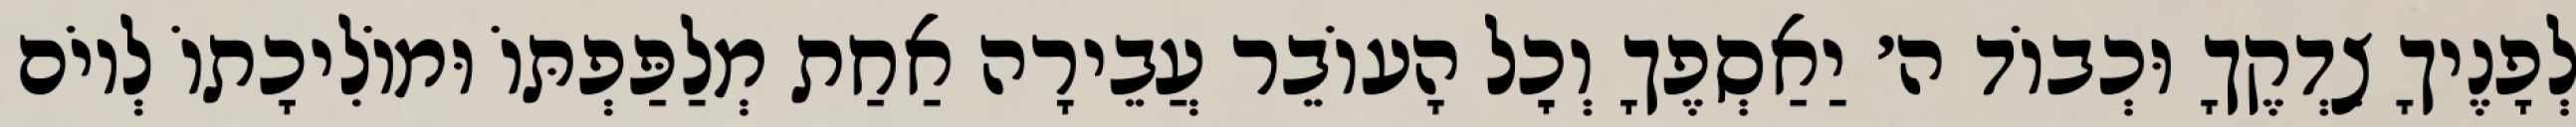
לְפָנֶיךָ צִדְקֶךָ וּכְבוֹד ה׳ יַאַסְפֶךָ וְכׇל הָעוֹבֵר עֲבֵירָה אַחַת מְלַפַּפְתּוֹ וּמוֹלִיכָתוֹ לְיוֹם